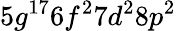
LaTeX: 5g^{17}6f^{2}7d^{2}8p^{2}